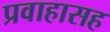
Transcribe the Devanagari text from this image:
प्रवाहासह